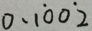
0 . 1 \dot { 0 } 0 \dot { 2 }